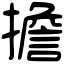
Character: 擔